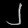
Digit: ၂